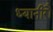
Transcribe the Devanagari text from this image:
ध्यानीरौ